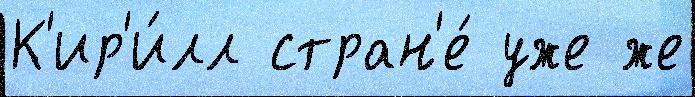
К'ир'и́лл стран'е́ уже же